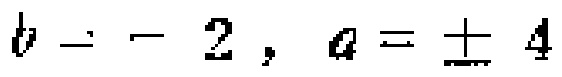
$b = - 2,\ a = \pm 4$